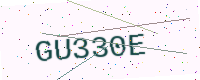
Text: GU330E